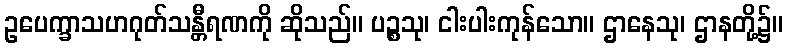
ဥပေက္ခာသဟဂုတ်သန္တီရဏကို ဆိုသည်။ ပဉ္စသု၊ ငါးပါးကုန်သော။ ဌာနေသု၊ ဌာနတို့၌။